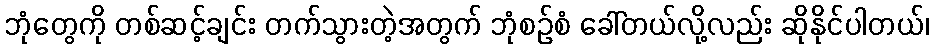
ဘုံတွေကို တစ်ဆင့်ချင်း တက်သွားတဲ့အတွက် ဘုံစဉ်စံ ခေါ်တယ်လို့လည်း ဆိုနိုင်ပါတယ်၊